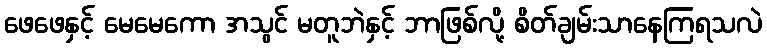
ဖေဖေနှင့် မေမေကော အသွင် မတူဘဲနှင့် ဘာဖြစ်လို့ စိတ်ချမ်းသာနေကြရသလဲ